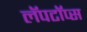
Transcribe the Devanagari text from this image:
लॅपटॉप्स